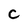
Character: c